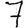
Digit: 7